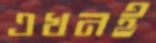
এখনই